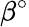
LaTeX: \beta^{\circ}